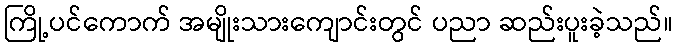
ကြို့ပင်ကောက် အမျိုးသားကျောင်းတွင် ပညာ ဆည်းပူးခဲ့သည်။